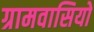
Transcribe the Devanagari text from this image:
ग्रामवासियो